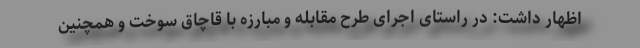
اظهار داشت: در راستای اجرای طرح مقابله و مبارزه با قاچاق سوخت و همچنین